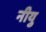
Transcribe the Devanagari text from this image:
नीयु